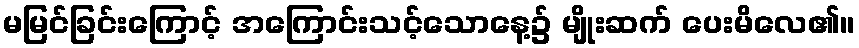
မမြင်ခြင်းကြောင့် အကြောင်းသင့်သောနေ့၌ မျိုးဆက် ပေးမိလေ၏။